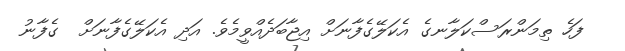
ފަހެ ތިމަންރަސްކަލާނގެ އެކަލޭގެފާނަށް އިޖާބަދެއްވީމެވެ. އަދި އެކަލޭގެފާނަށް  ގެފާނު